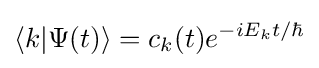
\langle k|\Psi (t)\rangle =c_{k}(t)e^{-iE_{k}t/\hbar }